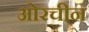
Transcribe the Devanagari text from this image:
ओरचीन